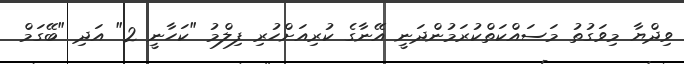
ވިދްޔާ މިވަގުތު މަސައްކަތްކުރަމުންދަނީ އޭނާގެ ކުރިއަށްހުރި ފިލްމު "ކަހާނީ 2" އަދި "ބޭގަމް